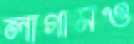
লাগামও